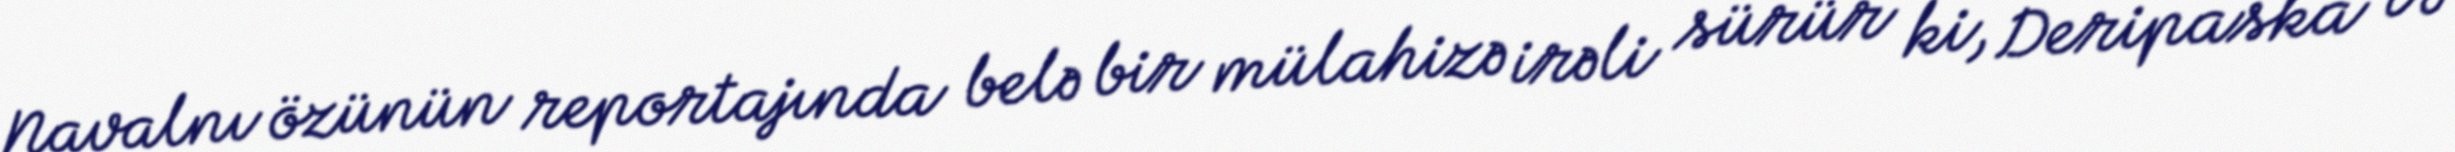
Navalnı özünün reportajında belə bir mülahizə irəli sürür ki, Deripaska və